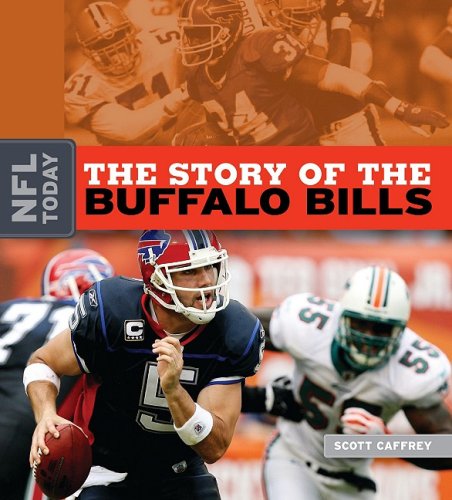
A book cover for The Story of the Buffalo Bills (NFL Today); Scott Caffrey; Teen & Young Adult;